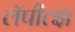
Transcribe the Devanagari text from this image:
लॅपीत्झ